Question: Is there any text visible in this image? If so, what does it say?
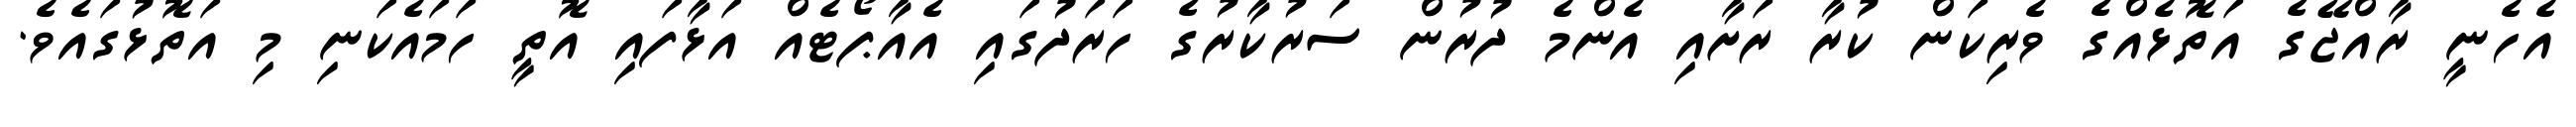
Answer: އެހެނީ ރާއްޖޭގެ އަތޮޅެއްގެ ވެރިކަން ކުރާ ރަށާއި އެންމެ ދުރުން ސަރުކާރުގެ ހަރަދުގައި އެއާޕޯޓެއް އަޅާފައި އޮތީ ހަމައެކަނި މި އަތޮޅުގައެވެ.